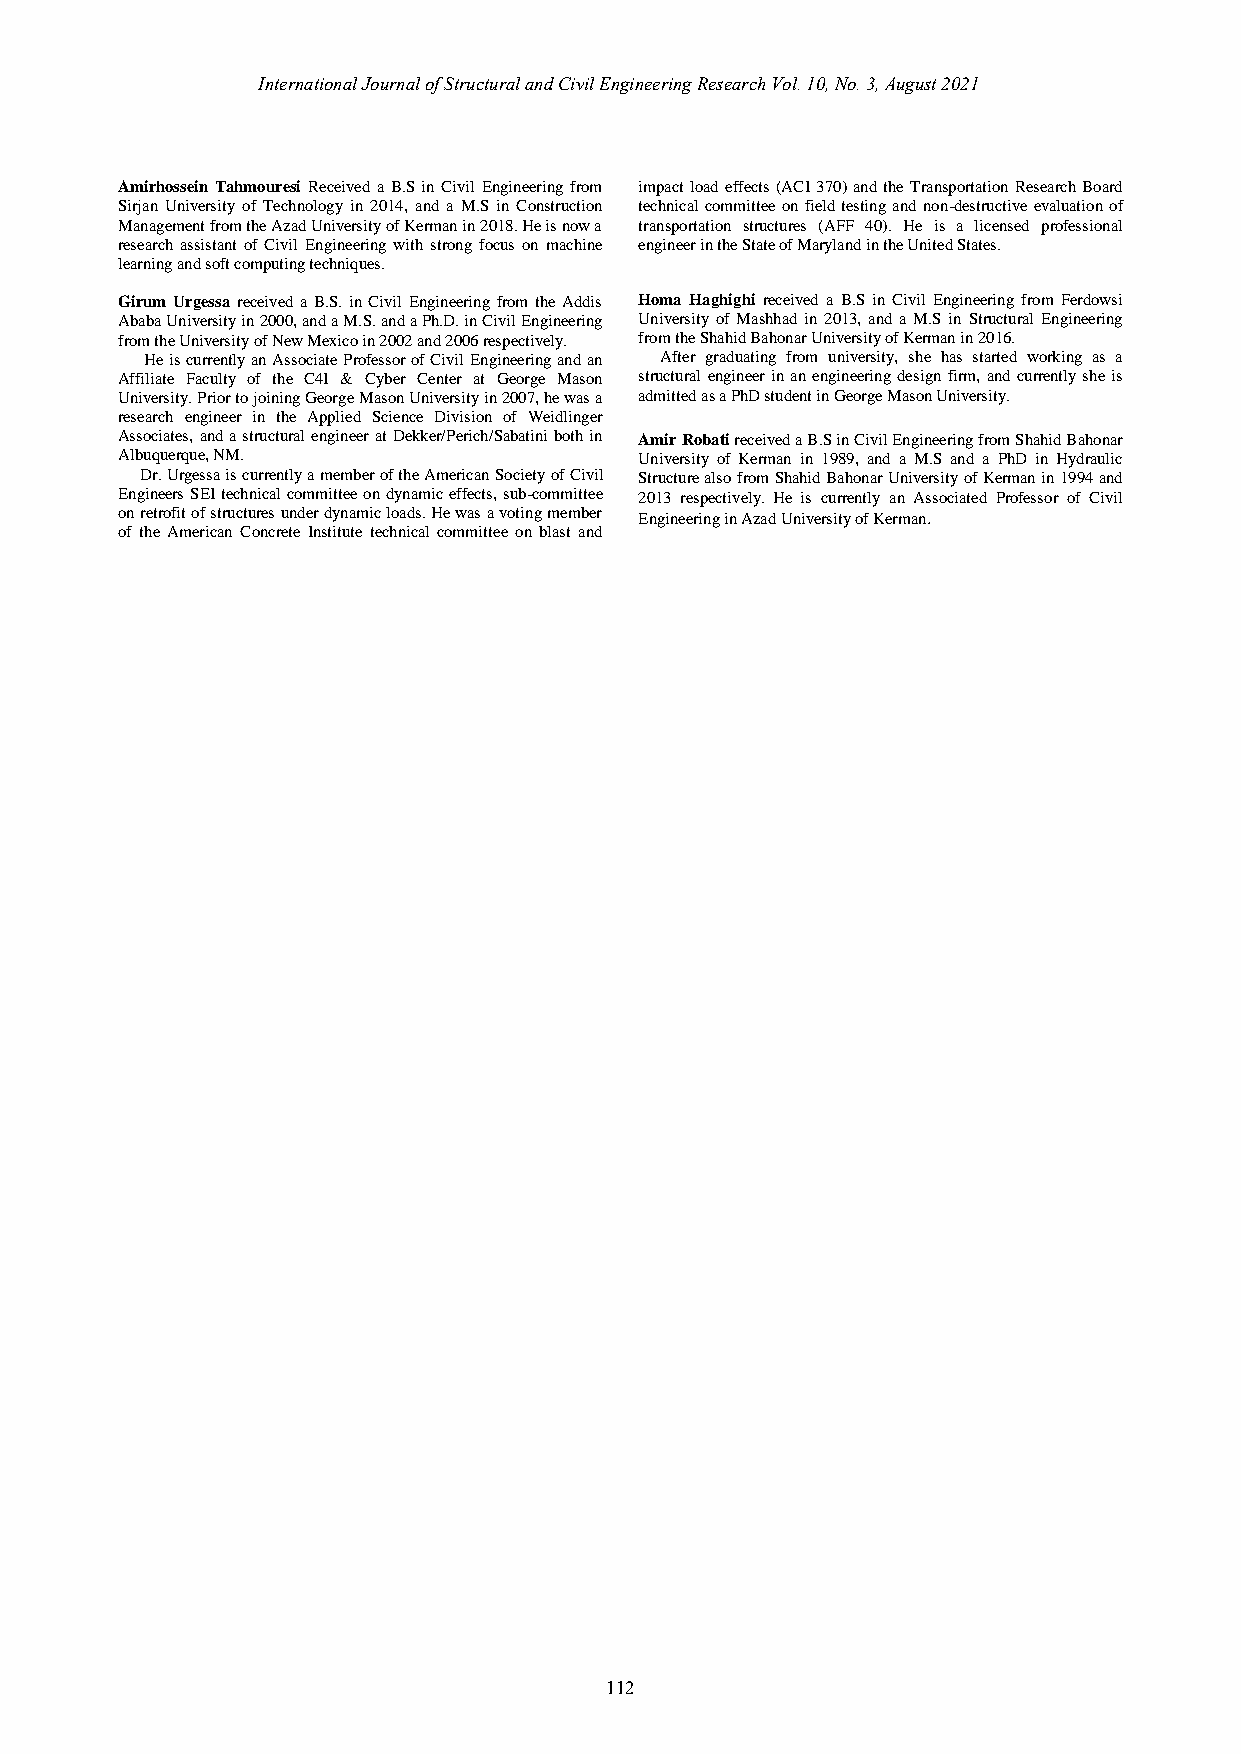
International Journal of Structural and Civil Engineering Research Vol. 10, No. 3, August 2021
 Amirhossein Tahmouresi Received a B.S in Civil Engineering from impact load effects (ACI 370) and the Transportation Research Board
 Sirjan University of Technology in 2014, and a M.S in Construction technical committee on field testing and non-destructive evaluation of
 Management from the Azad University of Kerman in 2018. He is now a transportation structures (AFF 40). He is a licensed professional
 research assistant of Civil Engineering with strong focus on machine engineer in the State of Maryland in the United States.
 learning and soft computing techniques.
 Girum Urgessa received a B.S. in Civil Engineering from the Addis Homa Haghighi received a B.S in Civil Engineering from Ferdowsi
 Ababa University in 2000, and a M.S. and a Ph.D. in Civil Engineering University of Mashhad in 2013, and a M.S in Structural Engineering
 from the University of New Mexico in 2002 and 2006 respectively. from the Shahid Bahonar University of Kerman in 2016.
 He is currently an Associate Professor of Civil Engineering and an After graduating from university, she has started working as a
 Affiliate Faculty of the C4I & Cyber Center at George Mason structural engineer in an engineering design firm, and currently she is
 University. Prior to joining George Mason University in 2007, he was a a dmitted as a PhD student in George Mason University.
 research engineer in the Applied Science Division of Weidlinger
 Associates, and a structural engineer at Dekker/Perich/Sabatini both in Amir Robati received a B.S in Civil Engineering from Shahid Bahonar
 Albuquerque, NM.                  University of Kerman in 1989, and a M.S and a PhD in Hydraulic
 Dr. Urgessa is currently a member of the American Society of Civil Structure also from Shahid Bahonar University of Kerman in 1994 and
 Engineers SEI technical committee on dynamic effects, sub-committee 2013 respectively. He is currently an Associated Professor of Civil
 on retrofit of structures under dynamic loads. He was a voting member Engineering in Azad University of Kerman.
 of the American Concrete Institute technical committee on blast and
 112